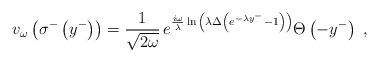
LaTeX: \begin{align*}v_{\omega}\left(\sigma^-\left(y^-\right)\right)={1\over\sqrt{2\omega}}\,e^{{{i\omega}\over\lambda}\ln{\left(\lambda\Delta\left(e^{-\lambda y^-}-1\right)\right)}}\Theta\left(-y^-\right)\;,\end{align*}